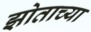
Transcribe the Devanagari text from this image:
झोताच्या